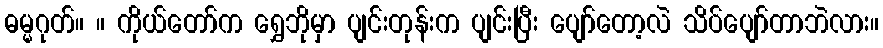
ဓမ္မဂုတ်။ ။ ကိုယ်တော်က ရွှေဘိုမှာ ပျင်းတုန်းက ပျင်းပြီး ပျော်တော့လဲ သိပ်ပျော်တာဘဲလား။